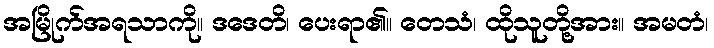
အမြိုက်အရသာကို။ ဒဒေတိ၊ ပေးရာ၏။ တေသံ၊ ထိုသူတို့အား။ အမတံ၊